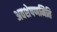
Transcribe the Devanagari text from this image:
अवशेषणमिति